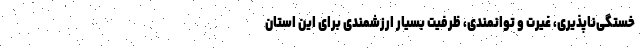
خستگی‌ناپذیری، غیرت و توانمندی، ظرفیت بسیار ارزشمندی برای این استان